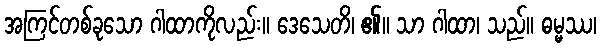
အကြင်တစ်ခုသော ဂါထာကိုလည်း။ ဒေသေတိ၊ ၏။ သာ ဂါထာ၊ သည်။ ဓမ္မဿ၊